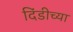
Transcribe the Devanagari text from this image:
दिंडीच्या